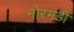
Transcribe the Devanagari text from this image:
नोरमंडी